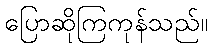
ပြောဆိုကြကုန်သည်။